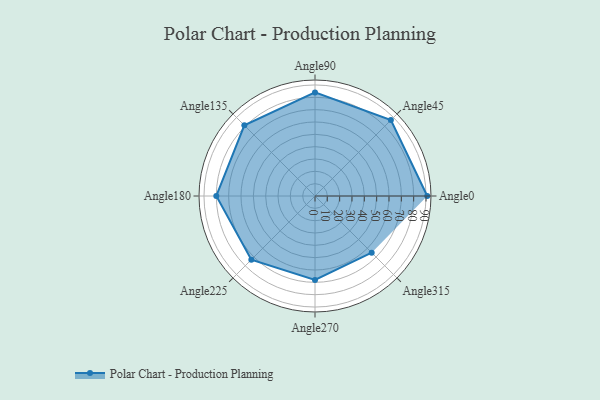
{"axis": {"x": "Angle", "y": "Radius"}, "legend": [""], "data": [{"x": "Angle0", "y": 91.0, "type": ""}, {"x": "Angle45", "y": 87.0, "type": ""}, {"x": "Angle90", "y": 84.0, "type": ""}, {"x": "Angle135", "y": 81.0, "type": ""}, {"x": "Angle180", "y": 80.0, "type": ""}, {"x": "Angle225", "y": 73.0, "type": ""}, {"x": "Angle270", "y": 68.0, "type": ""}, {"x": "Angle315", "y": 65.0, "type": ""}]}